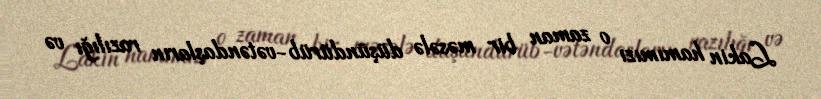
Lakin hamımızı o zaman bir məsələ düşündürüb-vətəndaşların razılığı və